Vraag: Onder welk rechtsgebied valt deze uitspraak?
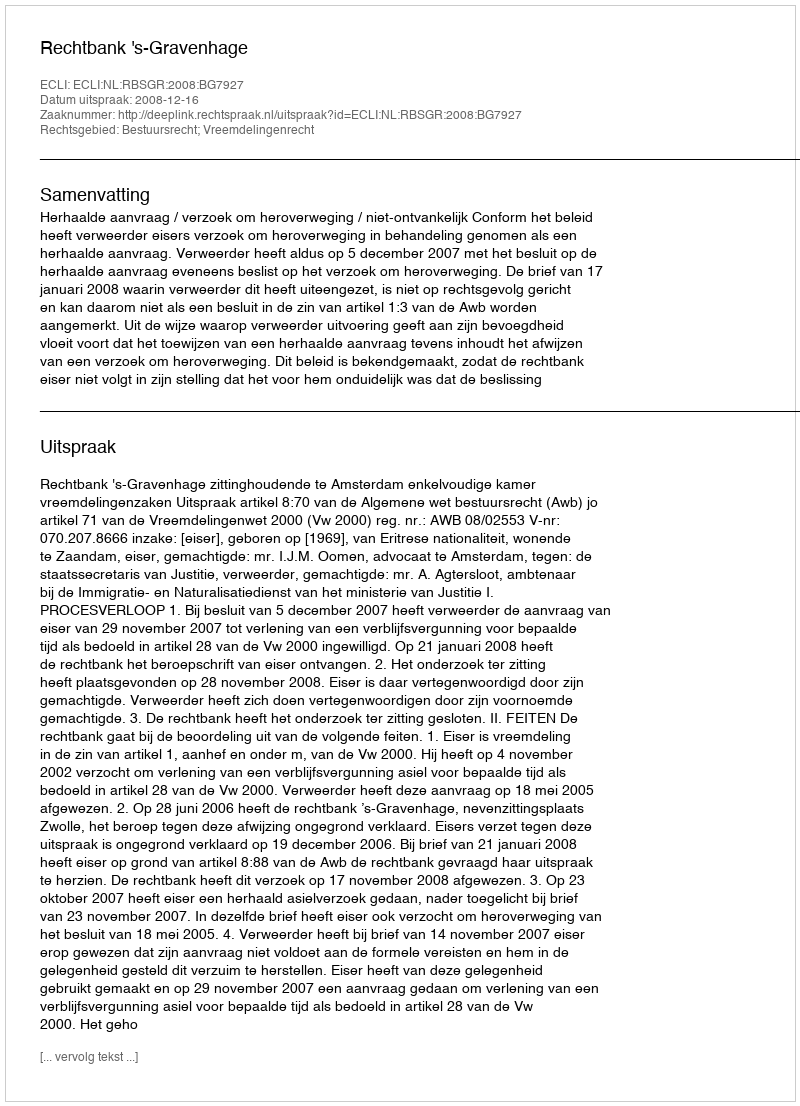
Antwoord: Bestuursrecht; Vreemdelingenrecht